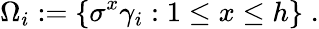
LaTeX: \Omega_{i}:=\{ \sigma^{x}\gamma_{i}:1\leq x\leq h\} \; .